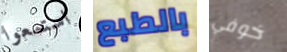
استمعوا بالطبع خوفي